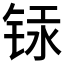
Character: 𰾁